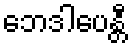
ဘေဒါပေန္တီ